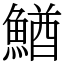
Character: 鰌